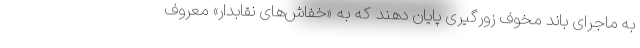
به ماجرای باند مخوف زورگیری پایان دهند که به «خفاش‌های نقابدار» معروف